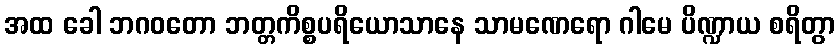
အထ ခေါ ဘဂဝတော ဘတ္တကိစ္စပရိယောသာနေ သာမဏေရော ဂါမေ ပိဏ္ဍာယ စရိတွာ